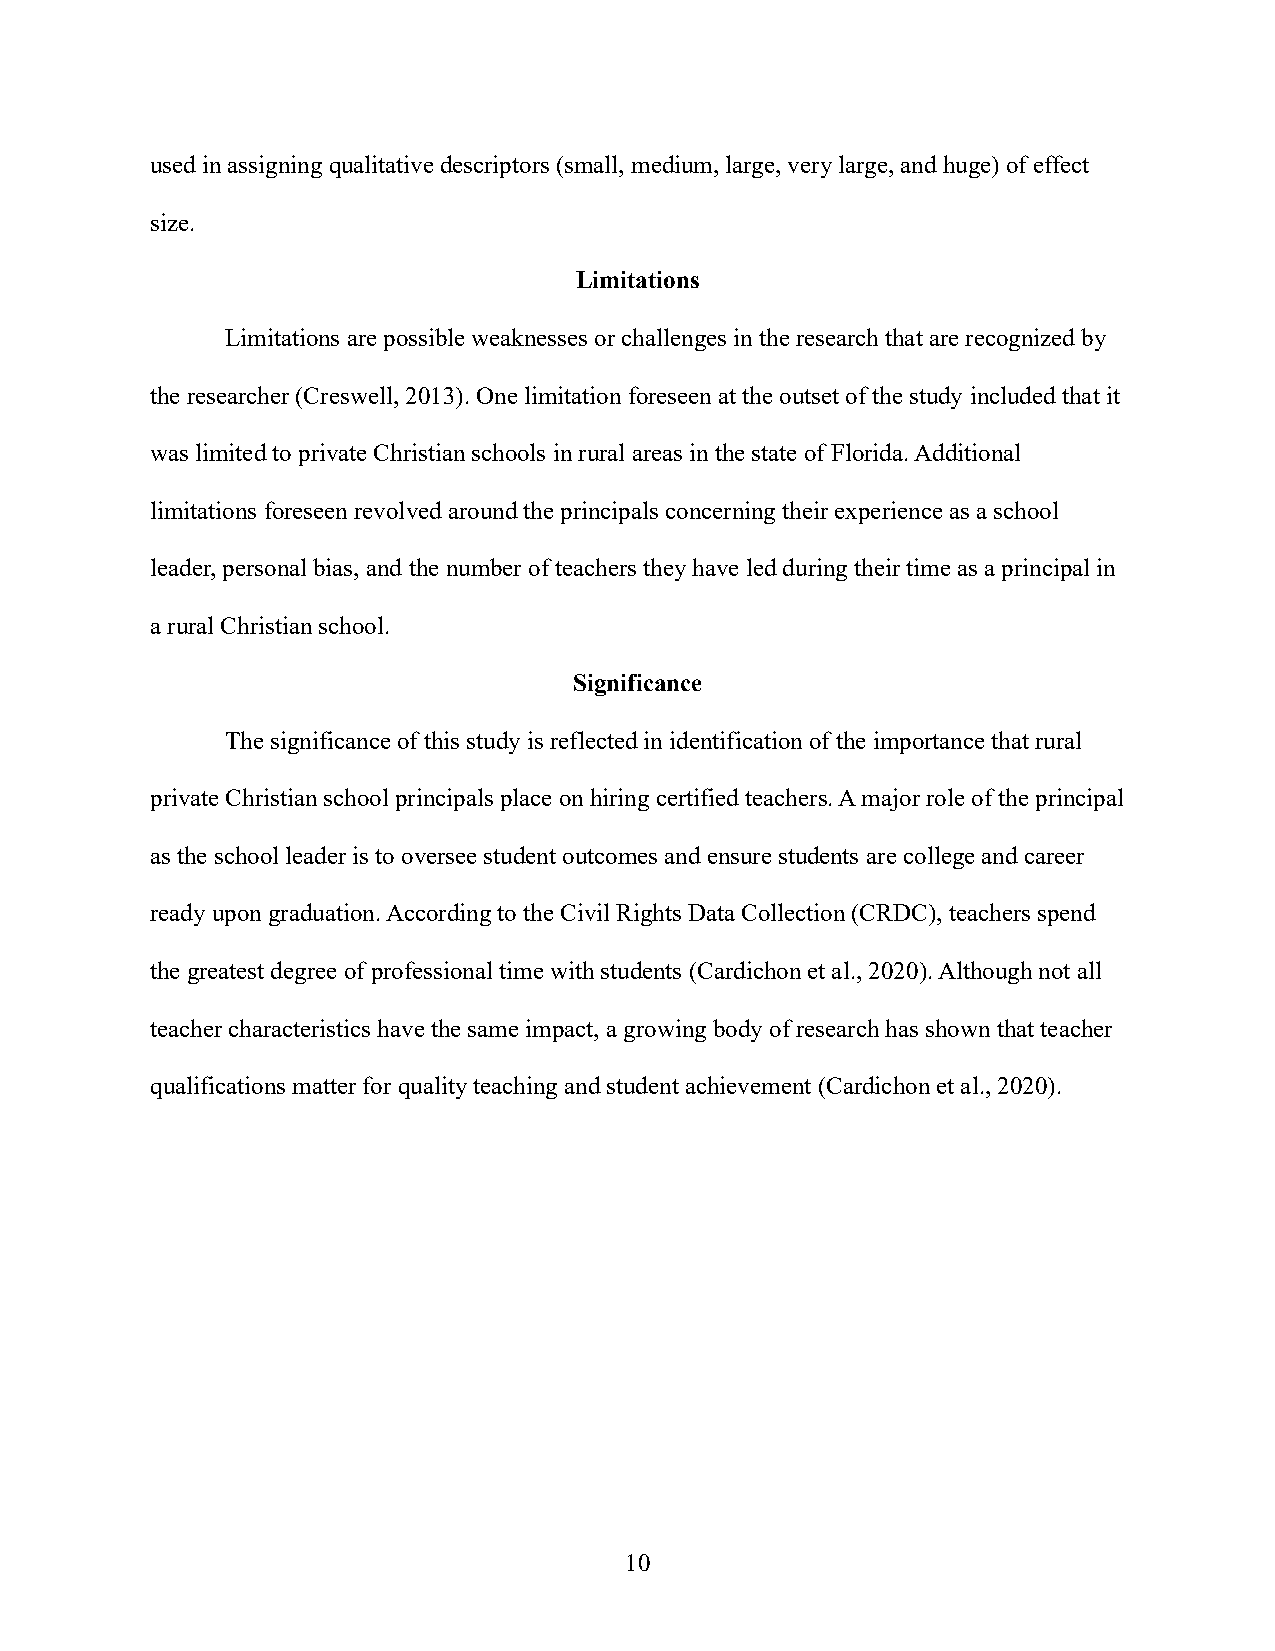
used in assigning qualitative descriptors (small, medium, large, very large, and huge) of effect
 size.
 Limitations
 Limitations are possible weaknesses or challenges in the research that are recognized by
 the researcher (Creswell, 2013). One limitation foreseen at the outset of the study included that it
 was limited to private Christian schools in rural areas in the state of Florida. Additional
 limitations foreseen revolved around the principals concerning their experience as a school
 leader, personal bias, and the number of teachers they have led during their time as a principal in
 a rural Christian school.
 Significance
 The significance of this study is reflected in identification of the importance that rural
 private Christian school principals place on hiring certified teachers. A major role of the principal
 as the school leader is to oversee student outcomes and ensure students are college and career
 ready upon graduation. According to the Civil Rights Data Collection (CRDC), teachers spend
 the greatest degree of professional time with students (Cardichon et al., 2020). Although not all
 teacher characteristics have the same impact, a growing body of research has shown that teacher
 qualifications matter for quality teaching and student achievement (Cardichon et al., 2020).
 10